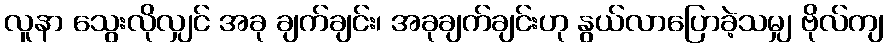
လူနာ သွေးလိုလျှင် အခု ချက်ချင်း၊ အခုချက်ချင်းဟု နွယ်လာပြောခဲ့သမျှ ဗိုလ်ကျ